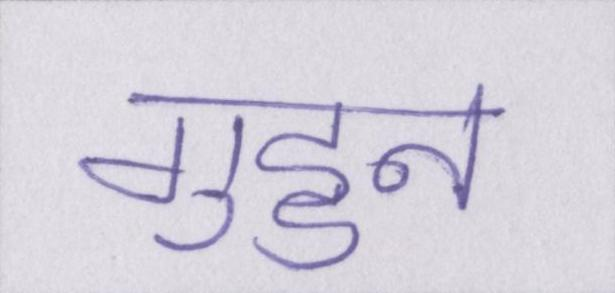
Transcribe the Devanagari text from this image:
गुड्डन